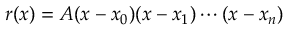
r ( x ) = A ( x - x _ { 0 } ) ( x - x _ { 1 } ) \cdots ( x - x _ { n } )